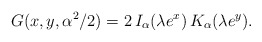
\begin{align*} G(x,y,\alpha^2/2)=2\,I_{\alpha}(\lambda e^x)\,K_{\alpha}(\lambda e^y)\/.\end{align*}